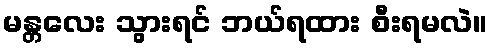
မန္တလေး သွားရင် ဘယ်ရထား စီးရမလဲ။